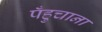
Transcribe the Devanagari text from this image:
पँहुचाना